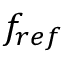
f _ { r e f }